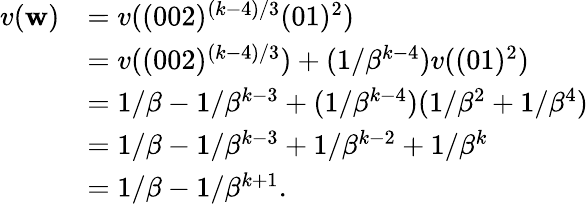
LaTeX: \begin{array}{rl}{v(\mathbf w)}&{=v((002)^{(k-4)/3}(01)^{2})}\\ &{=v((002)^{(k-4)/3})+(1/\beta^{k-4})v((01)^{2})}\\ &{=1/\beta-1/\beta^{k-3}+(1/\beta^{k-4})(1/\beta^{2}+1/\beta^{4})}\\ &{=1/\beta-1/\beta^{k-3}+1/\beta^{k-2}+1/\beta^{k}}\\ &{=1/\beta-1/\beta^{k+1}.}\end{array}